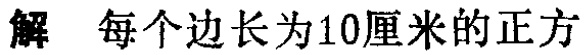
解 每个边长为10厘米的正方